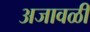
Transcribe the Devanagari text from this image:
अजावळी